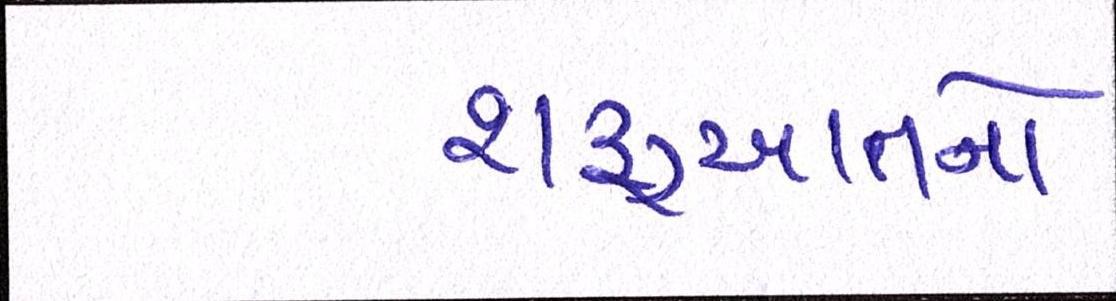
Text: શરૂઆતનો